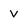
Character: V